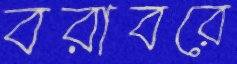
বরাবরে